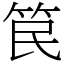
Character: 笢